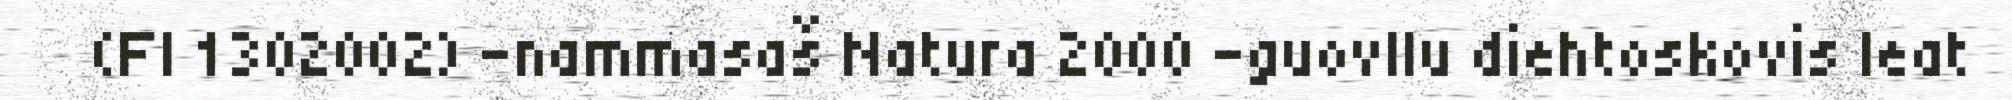
(FI 1302002) -nammasaš Natura 2000 -guovllu diehtoskovis leat